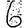
Digit: 6